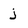
Character: j